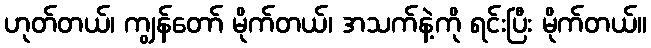
ဟုတ်တယ်၊ ကျွန်တော် မိုက်တယ်၊ အသက်နဲ့ကို ရင်းပြီး မိုက်တယ်။